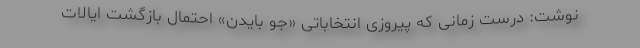
نوشت: درست زمانی که پیروزی انتخاباتی «جو بایدن» احتمال بازگشت ایالات